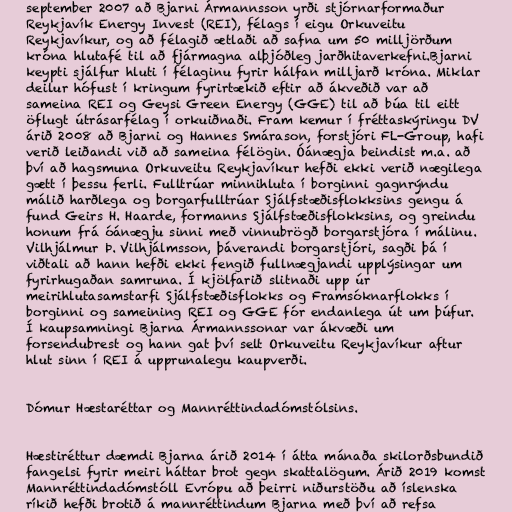
september 2007 að Bjarni Ármannsson yrði stjórnarformaður
Reykjavík Energy Invest (REI), félags í eigu Orkuveitu
Reykjavíkur, og að félagið ætlaði að safna um 50 milljörðum
króna hlutafé til að fjármagna alþjóðleg jarðhitaverkefni.Bjarni
keypti sjálfur hluti í félaginu fyrir hálfan milljarð króna. Miklar
deilur hófust í kringum fyrirtækið eftir að ákveðið var að
sameina REI og Geysi Green Energy (GGE) til að búa til eitt
öflugt útrásarfélag í orkuiðnaði. Fram kemur í fréttaskýringu DV
árið 2008 að Bjarni og Hannes Smárason, forstjóri FL-Group, hafi
verið leiðandi við að sameina félögin. Óánægja beindist m.a. að
því að hagsmuna Orkuveitu Reykjavíkur hefði ekki verið nægilega
gætt í þessu ferli. Fulltrúar minnihluta í borginni gagnrýndu
málið harðlega og borgarfulltrúar Sjálfstæðisflokksins gengu á
fund Geirs H. Haarde, formanns Sjálfstæðisflokksins, og greindu
honum frá óánægju sinni með vinnubrögð borgarstjóra í málinu.
Vilhjálmur Þ. Vilhjálmsson, þáverandi borgarstjóri, sagði þá í
viðtali að hann hefði ekki fengið fullnægjandi upplýsingar um
fyrirhugaðan samruna. Í kjölfarið slitnaði upp úr
meirihlutasamstarfi Sjálfstæðisflokks og Framsóknarflokks í
borginni og sameining REI og GGE fór endanlega út um þúfur.
Í kaupsamningi Bjarna Ármannssonar var ákvæði um
forsendubrest og hann gat því selt Orkuveitu Reykjavíkur aftur
hlut sinn í REI á upprunalegu kaupverði.

Dómur Hæstaréttar og Mannréttindadómstólsins.

Hæstiréttur dæmdi Bjarna árið 2014 í átta mánaða skil­orðsbundið
fang­elsi fyr­ir meiri hátt­ar brot gegn skatta­lög­um. Árið 2019 komst
Mannréttindadómstóll Evrópu að þeirri niðurstöðu að íslenska
ríkið hefði brotið á mannréttindum Bjarna með því að refsa